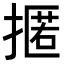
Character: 𢴚